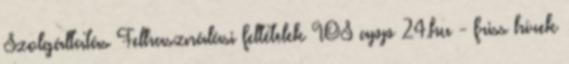
Szolgáltatás Felhasználási feltételek IOS app 24.hu - friss hírek